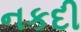
નકદી